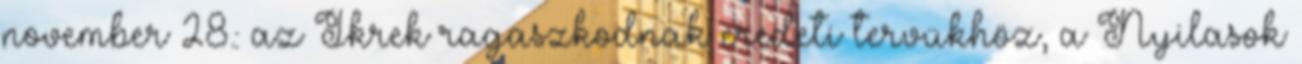
november 28.: az Ikrek ragaszkodnak eredeti tervükhöz, a Nyilasok